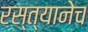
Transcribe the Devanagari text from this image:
रस्त्यानेच